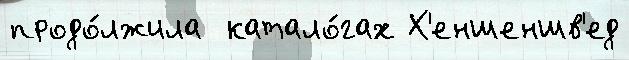
продо́лжила  катало́гах Х'еншеншв'ед